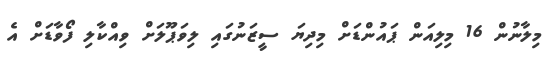
މިލާނުން 16 މިލިއަން ޕައުންޑަށް މިދިޔަ ސީޒަނުގައި ލިވަޕޫލަށް ވިއްކާލި ފޯވާޑަށް އެ